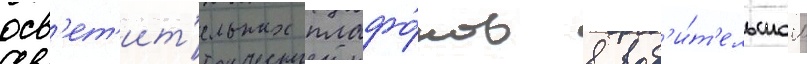
осв'ет'ит'ельных плафо́нов в вод'и́т'ельском